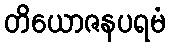
တိယောဇနပရမံ